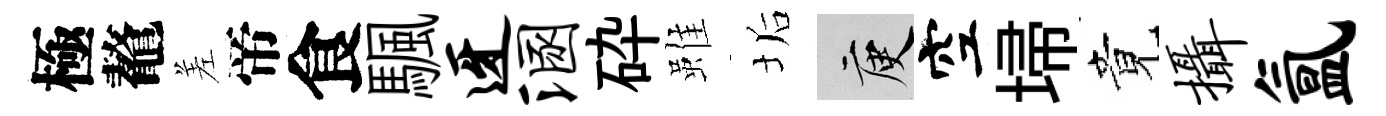
極鼇差帝食颿迓溷砕雖垢庾空埽竟摄氲